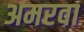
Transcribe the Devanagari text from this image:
अमरवा